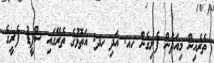
ތެރެއިން މިއަދުން ފެށިގެން ހއ. އަދި ހދ. އަތޮޅުގެ ތެރޭގައި ސްޕީޑު ފެރީގެ